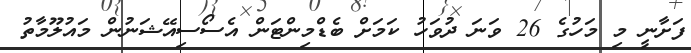
ފަށާނީ މި މަހުގެ 26 ވަނަ ދުވަހު ކަމަށް ބެޑްމިންޓަން އެސޯސިއޭޝަނުން މައުލޫމާތު